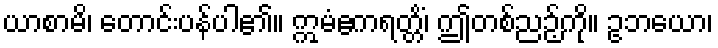
ယာစာမိ၊ တောင်းပန်ပါ၏။ ဣမံဧကရတ္တိံ၊ ဤတစ်ညဉ့်ကို။ ဥဘယော၊